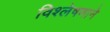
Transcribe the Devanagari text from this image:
विश्लेषणाने